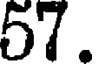
57.